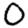
Digit: 0